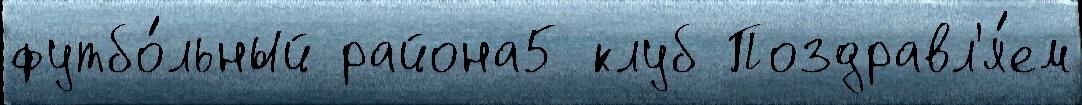
футбо́льный района5 клуб Поздравл'я́ем